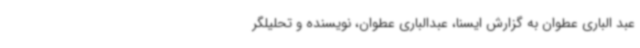
عبد الباری عطوان به گزارش ایسنا، عبدالباری عطوان، نویسنده و تحلیلگر